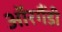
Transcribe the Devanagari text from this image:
ऑरगैंडी